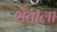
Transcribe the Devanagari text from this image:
शेताला